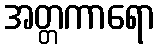
အတ္တကာရော